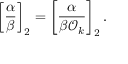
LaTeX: \left[ { \frac { \alpha } { \beta } } \right] _ { 2 } = \left[ { \frac { \alpha } { \beta { \mathcal { O } } _ { k } } } \right] _ { 2 } .